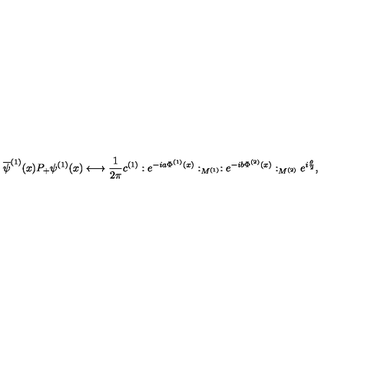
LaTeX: \overline { { \psi } } ^ { ( 1 ) } ( x ) P _ { + } \psi ^ { ( 1 ) } ( x ) \longleftrightarrow \frac { 1 } { 2 \pi } c ^ { ( 1 ) } : e ^ { - i a \Phi ^ { ( 1 ) } ( x ) } : _ { M ^ { ( 1 ) } } : e ^ { - i b \Phi ^ { ( 2 ) } ( x ) } : _ { M ^ { ( 2 ) } } e ^ { i \frac { \theta } { 2 } } ,